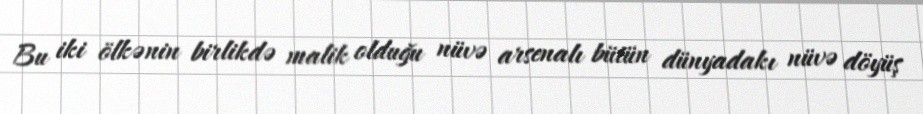
Bu iki ölkənin birlikdə malik olduğu nüvə arsenalı bütün dünyadakı nüvə döyüş